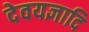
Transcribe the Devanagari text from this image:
देवयज्ञादि